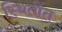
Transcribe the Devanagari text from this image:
स्थितींत